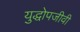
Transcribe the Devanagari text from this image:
युद्धोपजीवी